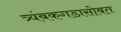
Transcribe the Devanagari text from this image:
त्र्यंबकगडासोबत